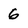
Character: 6